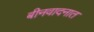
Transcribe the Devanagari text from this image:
बीनवादनात